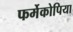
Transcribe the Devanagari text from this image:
फर्मेकोपिया